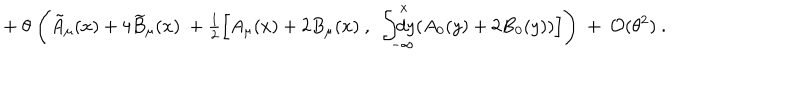
LaTeX: + ~ \theta ~ \Biggl ( \tilde { A } _ { \mu } ( x ) + 4 \widetilde B _ { \mu } ( x ) ~ + { \textstyle \frac 1 2 } \Bigl [ A _ { \mu } ( x ) + 2 B _ { \mu } ( x ) ~ , ~ \int _ { - \infty } ^ { x } \kern - 1 . 2 e m d y ( A _ { 0 } ( y ) + 2 B _ { 0 } ( y ) ) \Bigr ] \Biggr ) ~ + ~ { \cal O } ( \theta ^ { 2 } ) ~ .